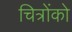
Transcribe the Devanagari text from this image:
चित्रोंको